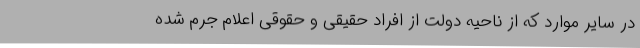
در سایر موارد که از ناحیه دولت از افراد حقیقی و حقوقی اعلام جرم شده